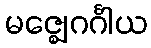
မဇ္ဈေဂင်္ဂါယ